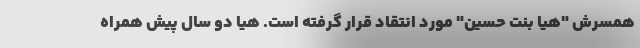
همسرش "هیا بنت حسین" مورد انتقاد قرار گرفته است. هیا دو سال پیش همراه